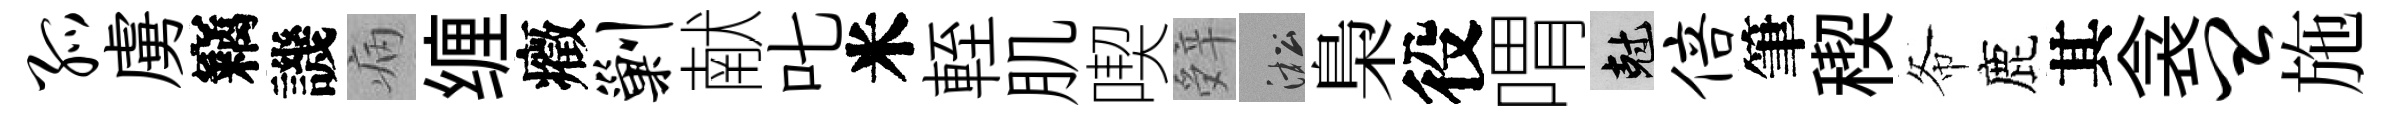
孤虜竊譏病缠癥剿献叱米輊肌喫辤淞梟役喟剋倍筆稧𢁙鹿其衾皿施